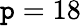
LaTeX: \mathtt{p}=18